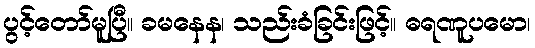
ပွင့်တော်မူပြီ။ ခမနေန၊ သည်းခံခြင်းဖြင့်။ ဓရဏူပမော၊